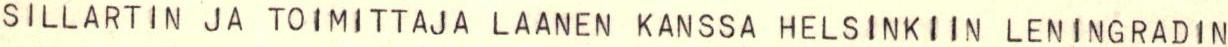
SILLARTIN JA TOIMITTAJA LAANEN KANSSA HELSINKIIN LENINGRADIN